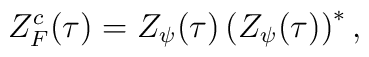
Z^c_F(\tau) = Z_\psi(\tau) \left( Z_\psi(\tau) \right)^*,